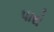
પારો